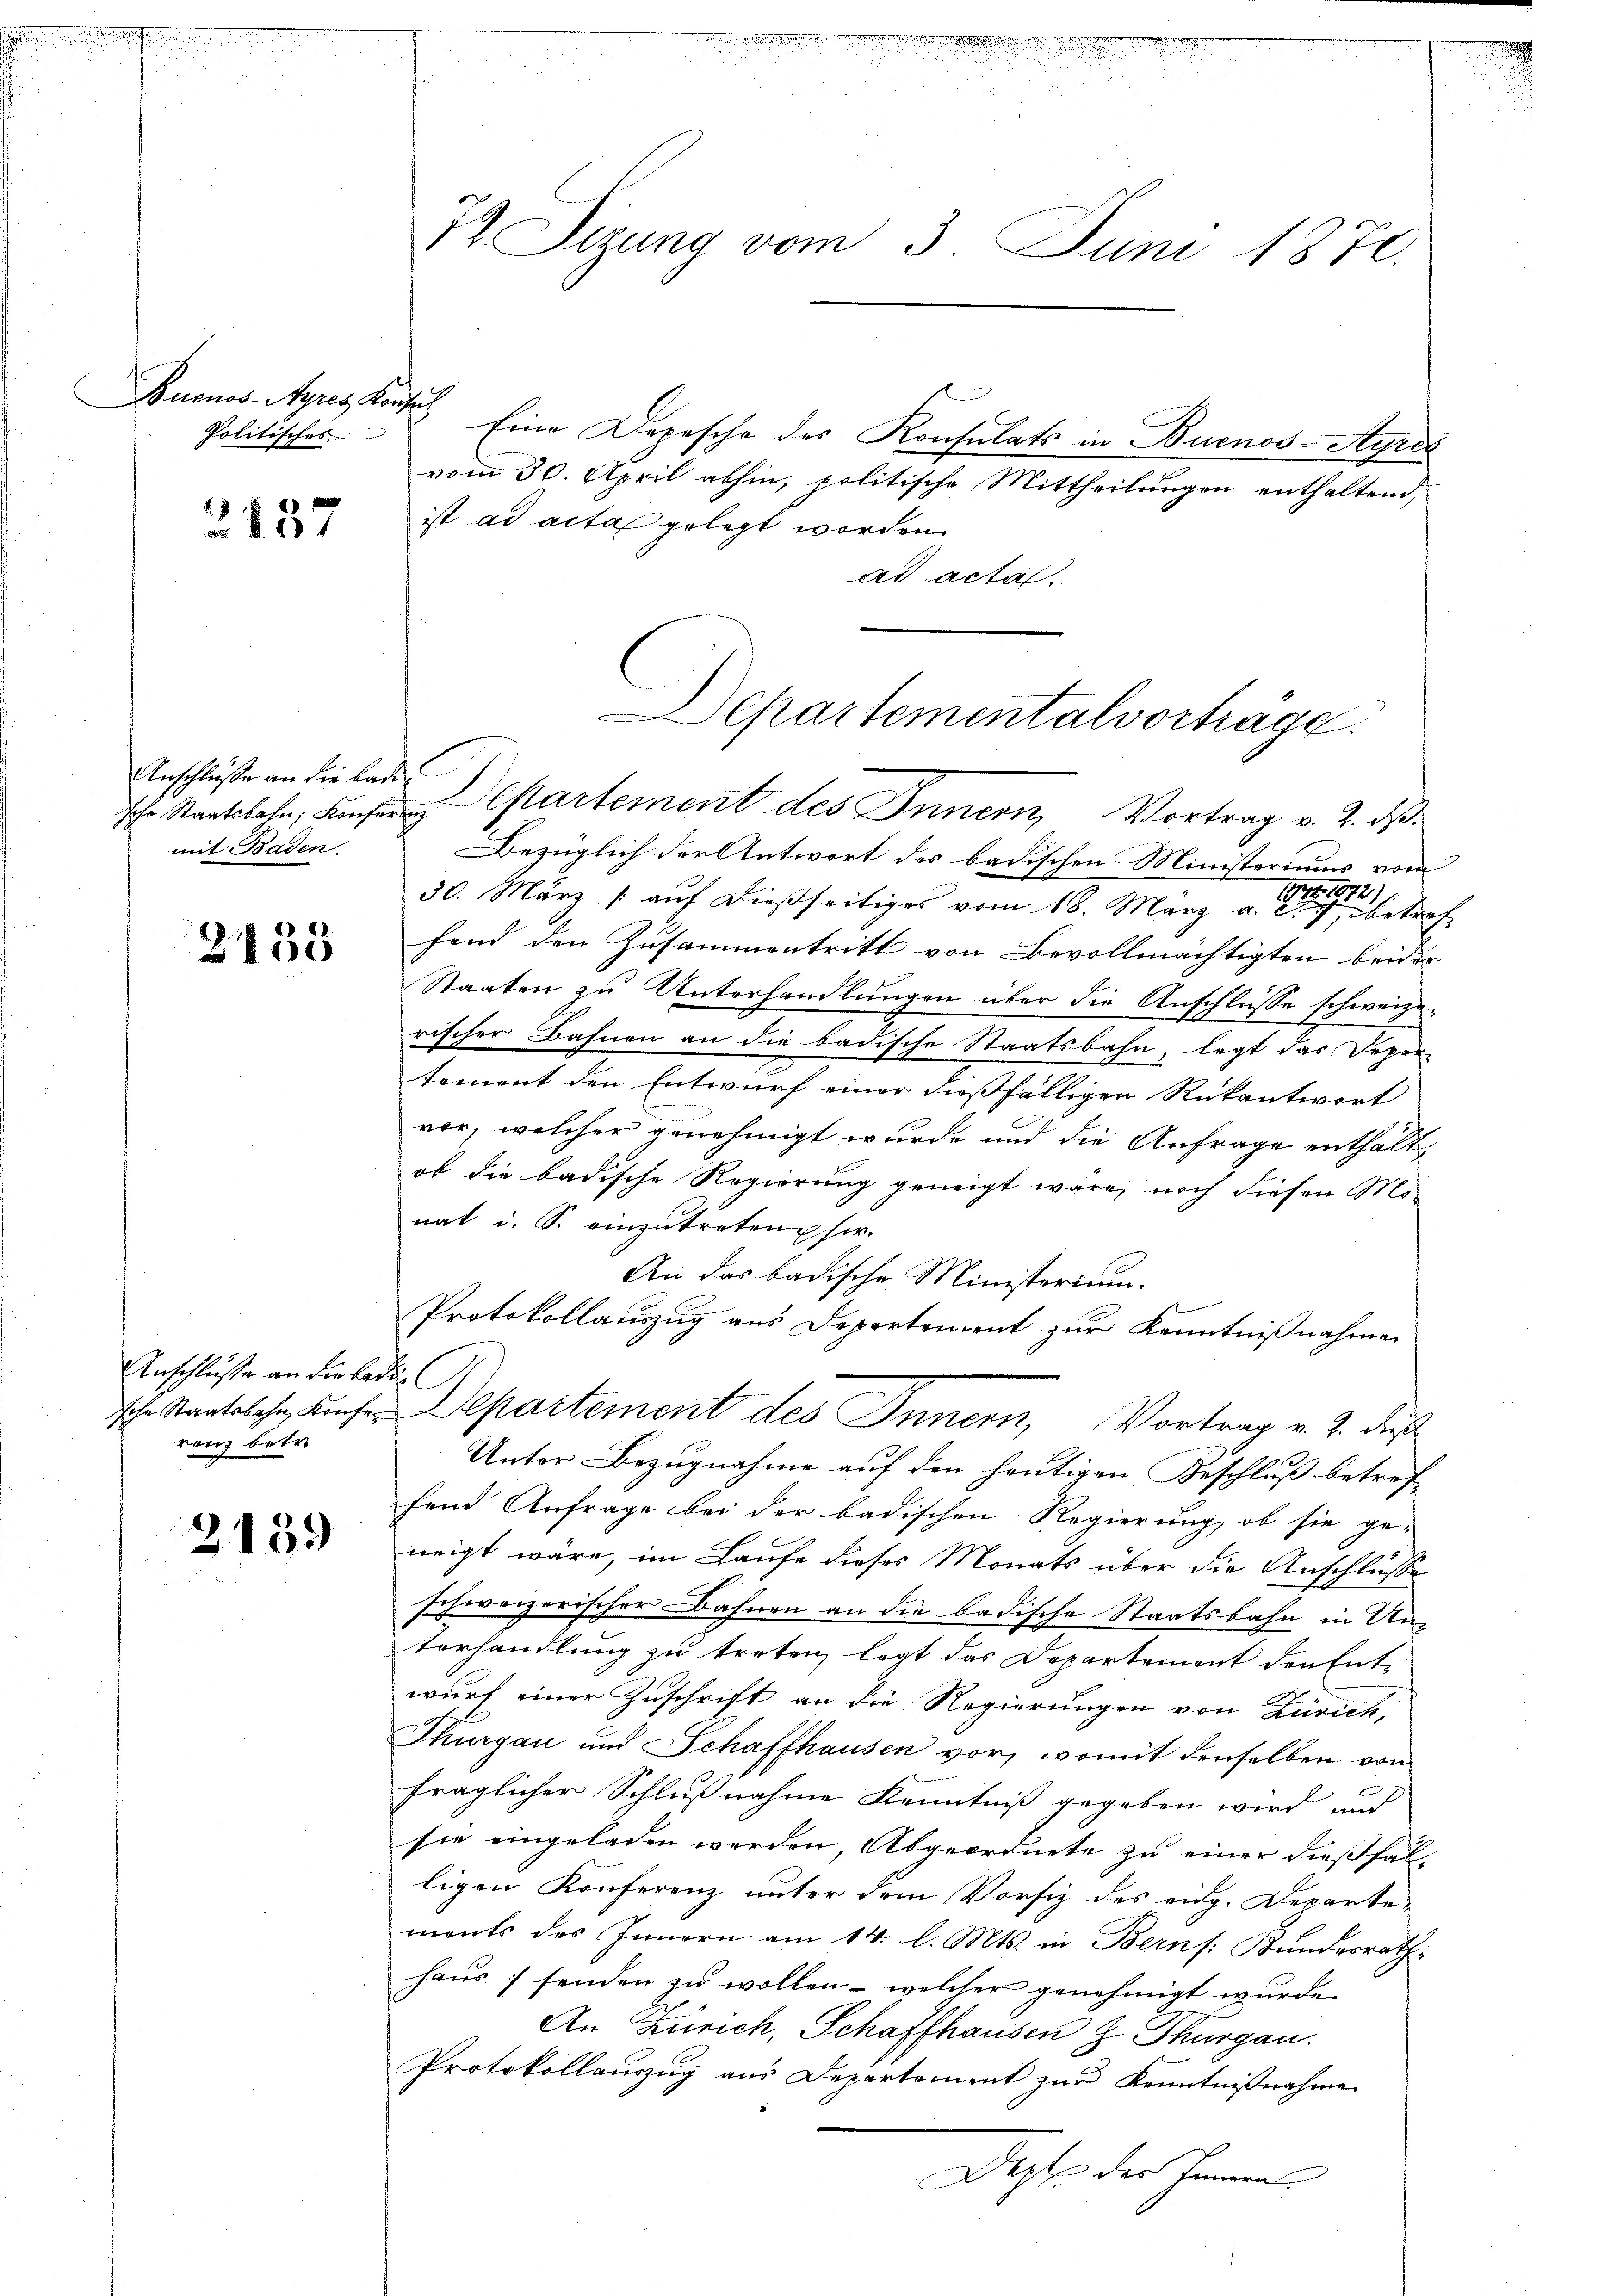
tnissenschen

Buenos-Ayres Konsul
Politisches

2137

Anschlüsse an die Lade
mit Baden

3135

Anschlusse an die bei
sche Staatsbahn Konferenz betr

2139

74. Sizung vom 3. Juni 1870.

Eine Depesche des Konsulats in Buenos-Ayres
vom 30. April abhin, politische Mittheilungen enthaltend,
ist ad acta gelegt worden.
ad acta.
sche Staatsbahn, Les partement des Innern, Vortrag v. 2. ds
Bezüglich der Antwort des badischen Ministeriums vom
172. 1072)
30. März / auf dießseitiges vom 18. März a. c. 7, betref
fend den Zusammentritt von Bevollmächtigten beider
Staaten zu Unterhandlungen über die Anschlüsse schweize-
rischer Bahnen an die badische Staatsbahn, legt das Sepor-
tement den Entwurf einer dießfälligen Rükantwort
vor, welcher genehmigt wurde und die Anfrage enthalt
ob die badische Regierung geneigt wäre, noch diesen Mo-
nat i. S. einzutreten sie.
An das badische Ministerium.
f
Protokollauszug aus Departement zur Kenntnißnahme

Departement des Innern, Vortrag v. 2. daß
Unter Bezugnahme auf den heutigen Beschluß betref
fend Anfrage bei der badischen Regierung, ob sie ge-
neigt wäre, im Laufe dieses Monats über die Anschlüsse
schweizerischer Bahnen an die badische Staatsbahn in Unterhandlung zu treten legt das Departement den Ent-
wurf einer Zuschrift an die Regierungen von Zürich,
Thurgau und Schaffhausen vor, womit denselben von
fraglicher Schlußnahme Kenntniß gegeben wird, und
sie eingeladen werden, Abgeordnete zu einer dießfalligen Konferenz unter dem Vorsiz des eidg. Departements des Innern am 14. l. Mts. in Bern s. Bundesrath
haus senden zu wollen - welcher genehmigt wurde.
An Zürich, Schaffhausen z. Thurgau.
Protokollaŭszŭg aŭs Departement zŭr Kenntniβnahme
Depte der Heim.

.

Chartementalvorträge.